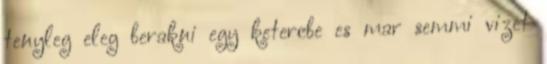
tenyleg eleg berakni egy ketercbe es mar semmi vizet